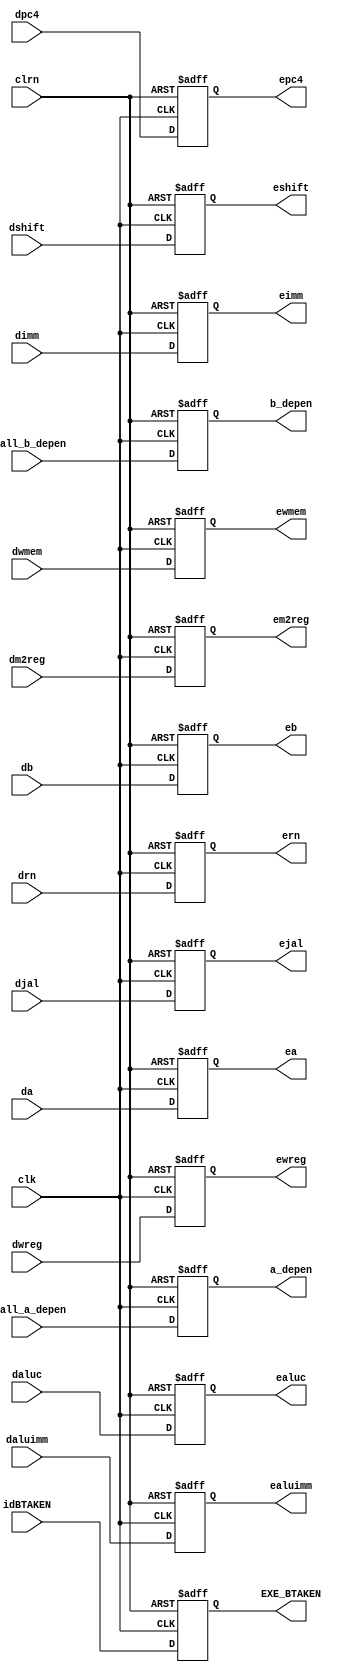
`timescale 1ns / 1ps

//////////////////////////////////////////////////////////////////////////////////

// Company: 

// Engineer: 

// 


// Design Name: 

// Module Name:    pipedereg 

// Project Name: 

// Target Devices: 

// Tool versions: 

// Description: 

//

// Dependencies: 

//

// Revision: 

// Revision 0.01 - File Created

// Additional Comments: 

//

//////////////////////////////////////////////////////////////////////////////////

module pipedereg(dwreg,dm2reg,dwmem,daluc,daluimm,da,db,dimm,drn,

                 dshift,djal,dpc4,clk,clrn,ewreg,em2reg,ewmem,

					  ealuc,ealuimm,ea,eb,eimm,ern,eshift,ejal,epc4,
                      
                      stall_a_depen,stall_b_depen,a_depen,b_depen,idBTAKEN,EXE_BTAKEN

    );

     // new add

     input idBTAKEN;

     output EXE_BTAKEN;

     //

	 input [31:0] da,db,dimm,dpc4;

	 input [4:0] drn;

	 input [4:0] daluc;

	 input dwreg,dm2reg,dwmem,daluimm,dshift,djal;

	 input clk,clrn;

     // add

     input [1:0] stall_a_depen,stall_b_depen;

     output [1:0] a_depen,b_depen;

     // add

	 output [31:0] ea,eb,eimm,epc4;

	 output [4:0] ern;

	 output [4:0] ealuc;

	 output ewreg,em2reg,ewmem,ealuimm,eshift,ejal;

	 reg [31:0] ea,eb,eimm,epc4;

	 reg [4:0] ern;

	 reg [4:0] ealuc;

	 reg ewreg,em2reg,ewmem,ealuimm,eshift,ejal;

     // add

     reg [1:0] a_depen,b_depen;
	  
	  reg EXE_BTAKEN;

     // add

	 always @(negedge clrn or posedge clk)

	     if(clrn==0)

		      begin

				    ewreg<=0;    em2reg<=0;

					 ewmem<=0;    ealuc<=0;

					 ealuimm<=0;  ea<=0;

					 eb<=0;       eimm<=0;

					 ern<=0;      eshift<=0;

					 ejal<=0;     epc4<=0;

                     a_depen<=0;  b_depen<=0;

                     EXE_BTAKEN<=0;


			   end

			else

			    begin

				    ewreg<=dwreg;    em2reg<=dm2reg;

					 ewmem<=dwmem;    ealuc<=daluc;

					 ealuimm<=daluimm;  ea<=da;

					 eb<=db;       eimm<=dimm;

					 ern<=drn;      eshift<=dshift;

					 ejal<=djal;     epc4<=dpc4;

                     a_depen<=stall_a_depen;

                     b_depen<=stall_b_depen;

                     EXE_BTAKEN<=idBTAKEN;

				 end



endmodule